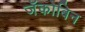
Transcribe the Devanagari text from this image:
जॅकोबिन